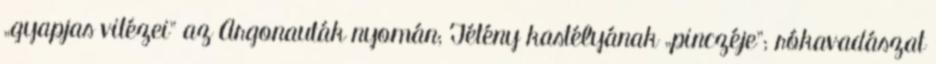
„gyapjas vitézei” az Argonauták nyomán; Tétény kastélyának „pinczéje”; rókavadászat